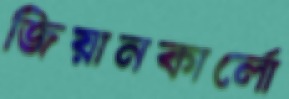
জিয়ানকার্লো